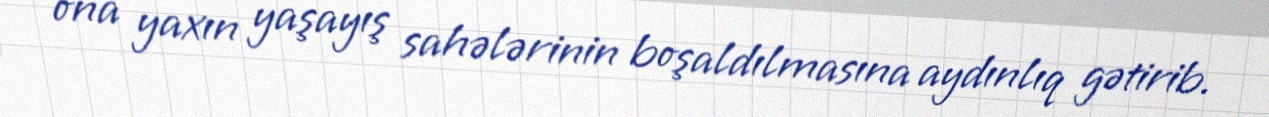
ona yaxın yaşayış sahələrinin boşaldılmasına aydınlıq gətirib.